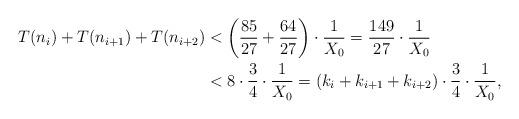
LaTeX: \begin{align*}T(n_i)+T(n_{i+1})+T(n_{i+2})&<\left( \frac{85}{27} + \frac{64}{27}\right)\cdot \frac{1}{X_0} = \frac{149}{27} \cdot \frac{1}{X_0}\\&<8 \cdot \frac{3}{4}\cdot \frac{1}{X_0} = (k_i+k_{i+1}+k_{i+2}) \cdot \frac{3}{4}\cdot \frac{1}{X_0},\end{align*}